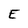
Character: E